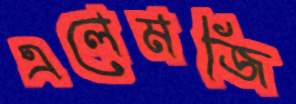
এলেমজি